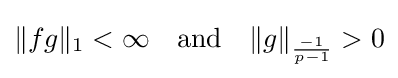
\|fg\|_{1}<\infty \quad {\text{and}}\quad \|g\|_{\frac {-1}{p-1}}>0